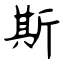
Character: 斯